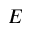
E